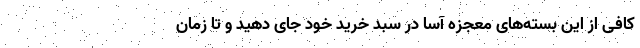
کافی از این بسته‌های معجزه آسا در سبد خرید خود جای دهید و تا زمان